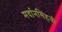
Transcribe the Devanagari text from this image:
मर्दानसिंहजी